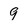
Character: 9